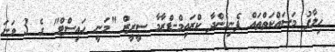
ހިލާފު މަސައްކަތްތައް ފެނިގެންދާ ކްރައިމް-ޑްރާމާ ސީރީޒް "މަނީ ހައިސްޓް" ގެ 3 ވަނަ